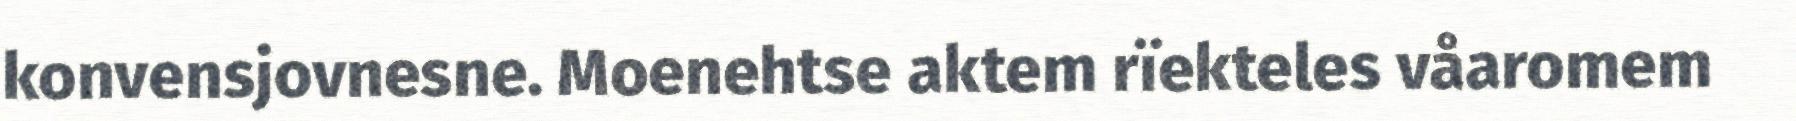
konvensjovnesne. Moenehtse aktem rïekteles våaromem